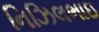
નિઝિલભાઇ